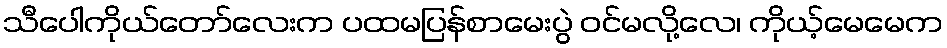
သီပေါကိုယ်တော်လေးက ပထမပြန်စာမေးပွဲ ဝင်မလို့လေ၊ ကိုယ့်မေမေက